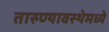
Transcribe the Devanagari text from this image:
तारुण्यावस्थेमध्ये